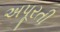
અપૂરતી